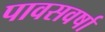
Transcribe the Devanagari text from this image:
पावसवर्षा